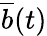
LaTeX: \overline{{b}}(t)